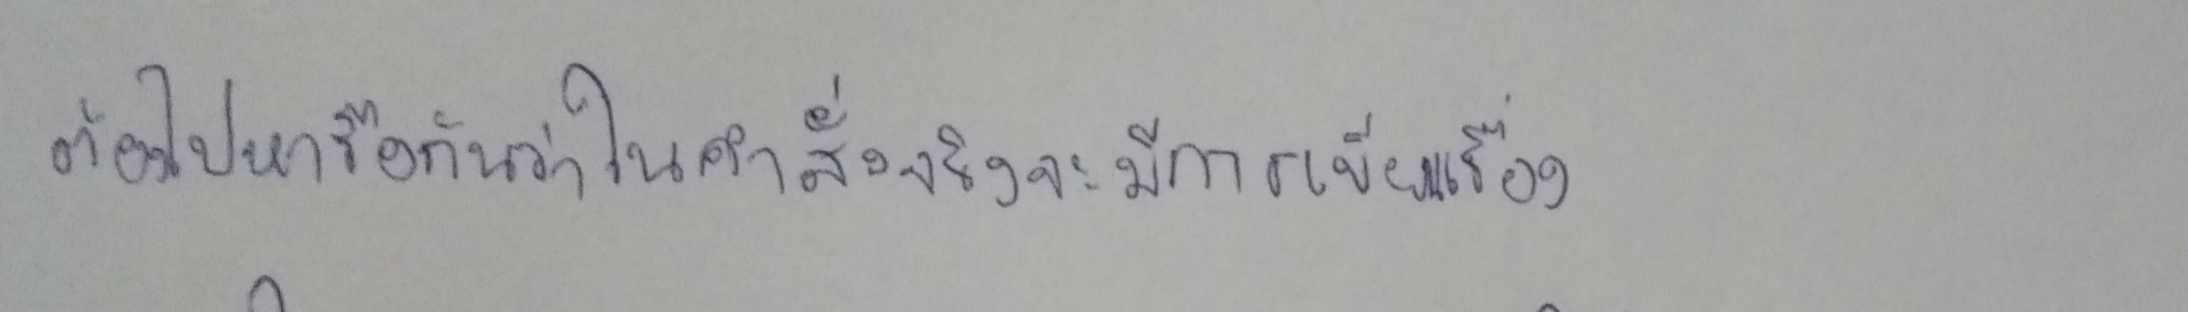
ต้องไปหารือกันว่าในคำสั่งจริงจะมีการเขียนเรื่อง